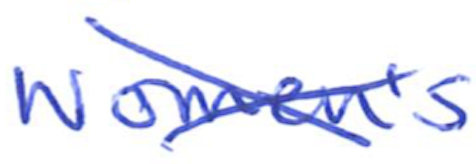
Text: Women's
Cross-out: cross
Writing tool: ballpoint